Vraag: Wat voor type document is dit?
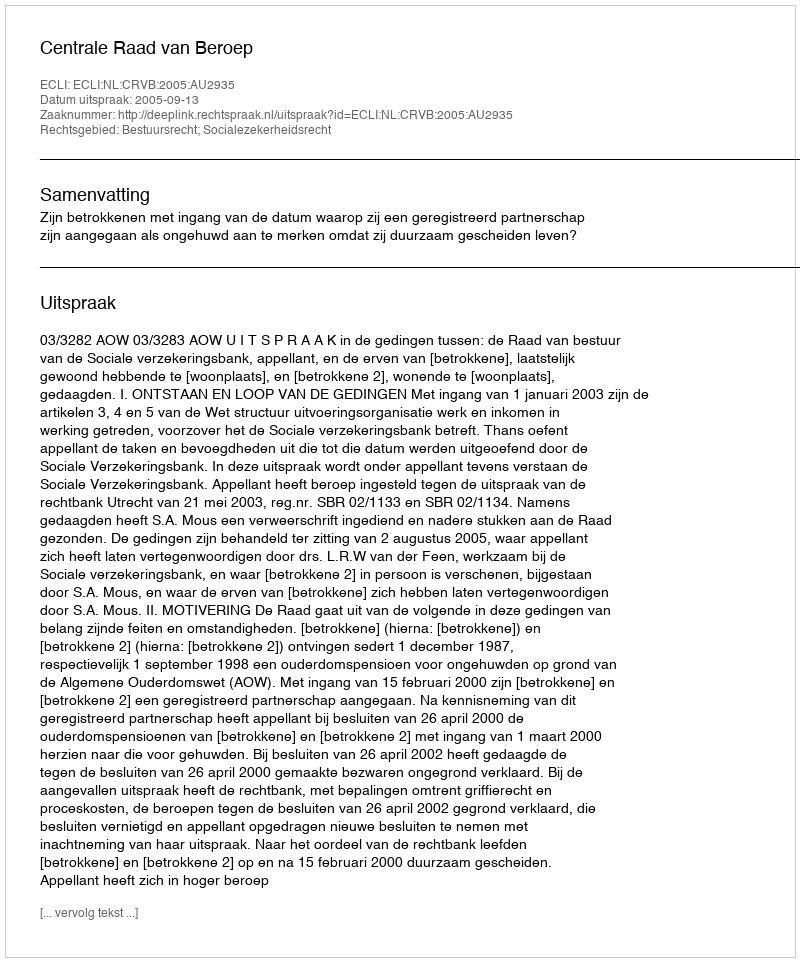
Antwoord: Uitspraak